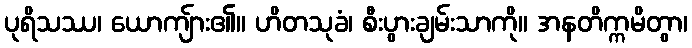
ပုရိသဿ၊ ယောကျ်ား၏။ ဟိတသုခံ၊ စီးပွားချမ်းသာကို။ အနတိက္ကမိတွာ၊